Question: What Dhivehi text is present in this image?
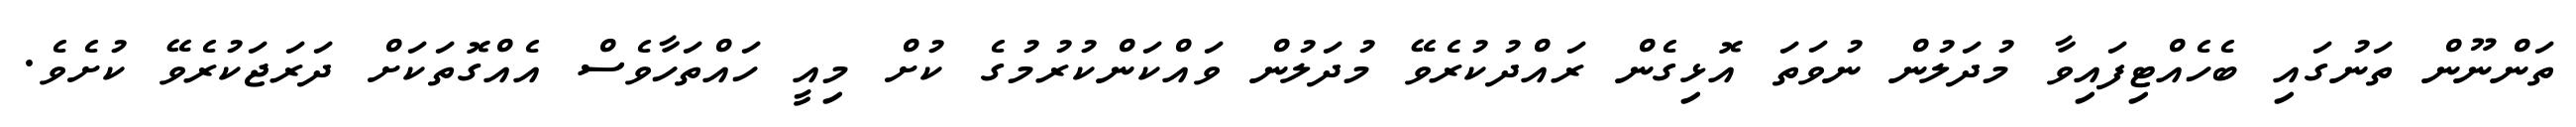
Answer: ތަންނޫން ތަނުގައި ބެހެއްޓިފައިވާ މުދަލުން ނުވަތަ އޮޅިގެން ރައްދުކުރެވޭ މުދަލުން ވައްކަންކުރުމުގެ ކުށް މިއީ ހައްތަހާވެސް އެއްގޮތަކަށް ދަރަޖަކުރެވޭ ކުށެވެ.